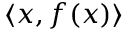
\langle x , f ( x ) \rangle